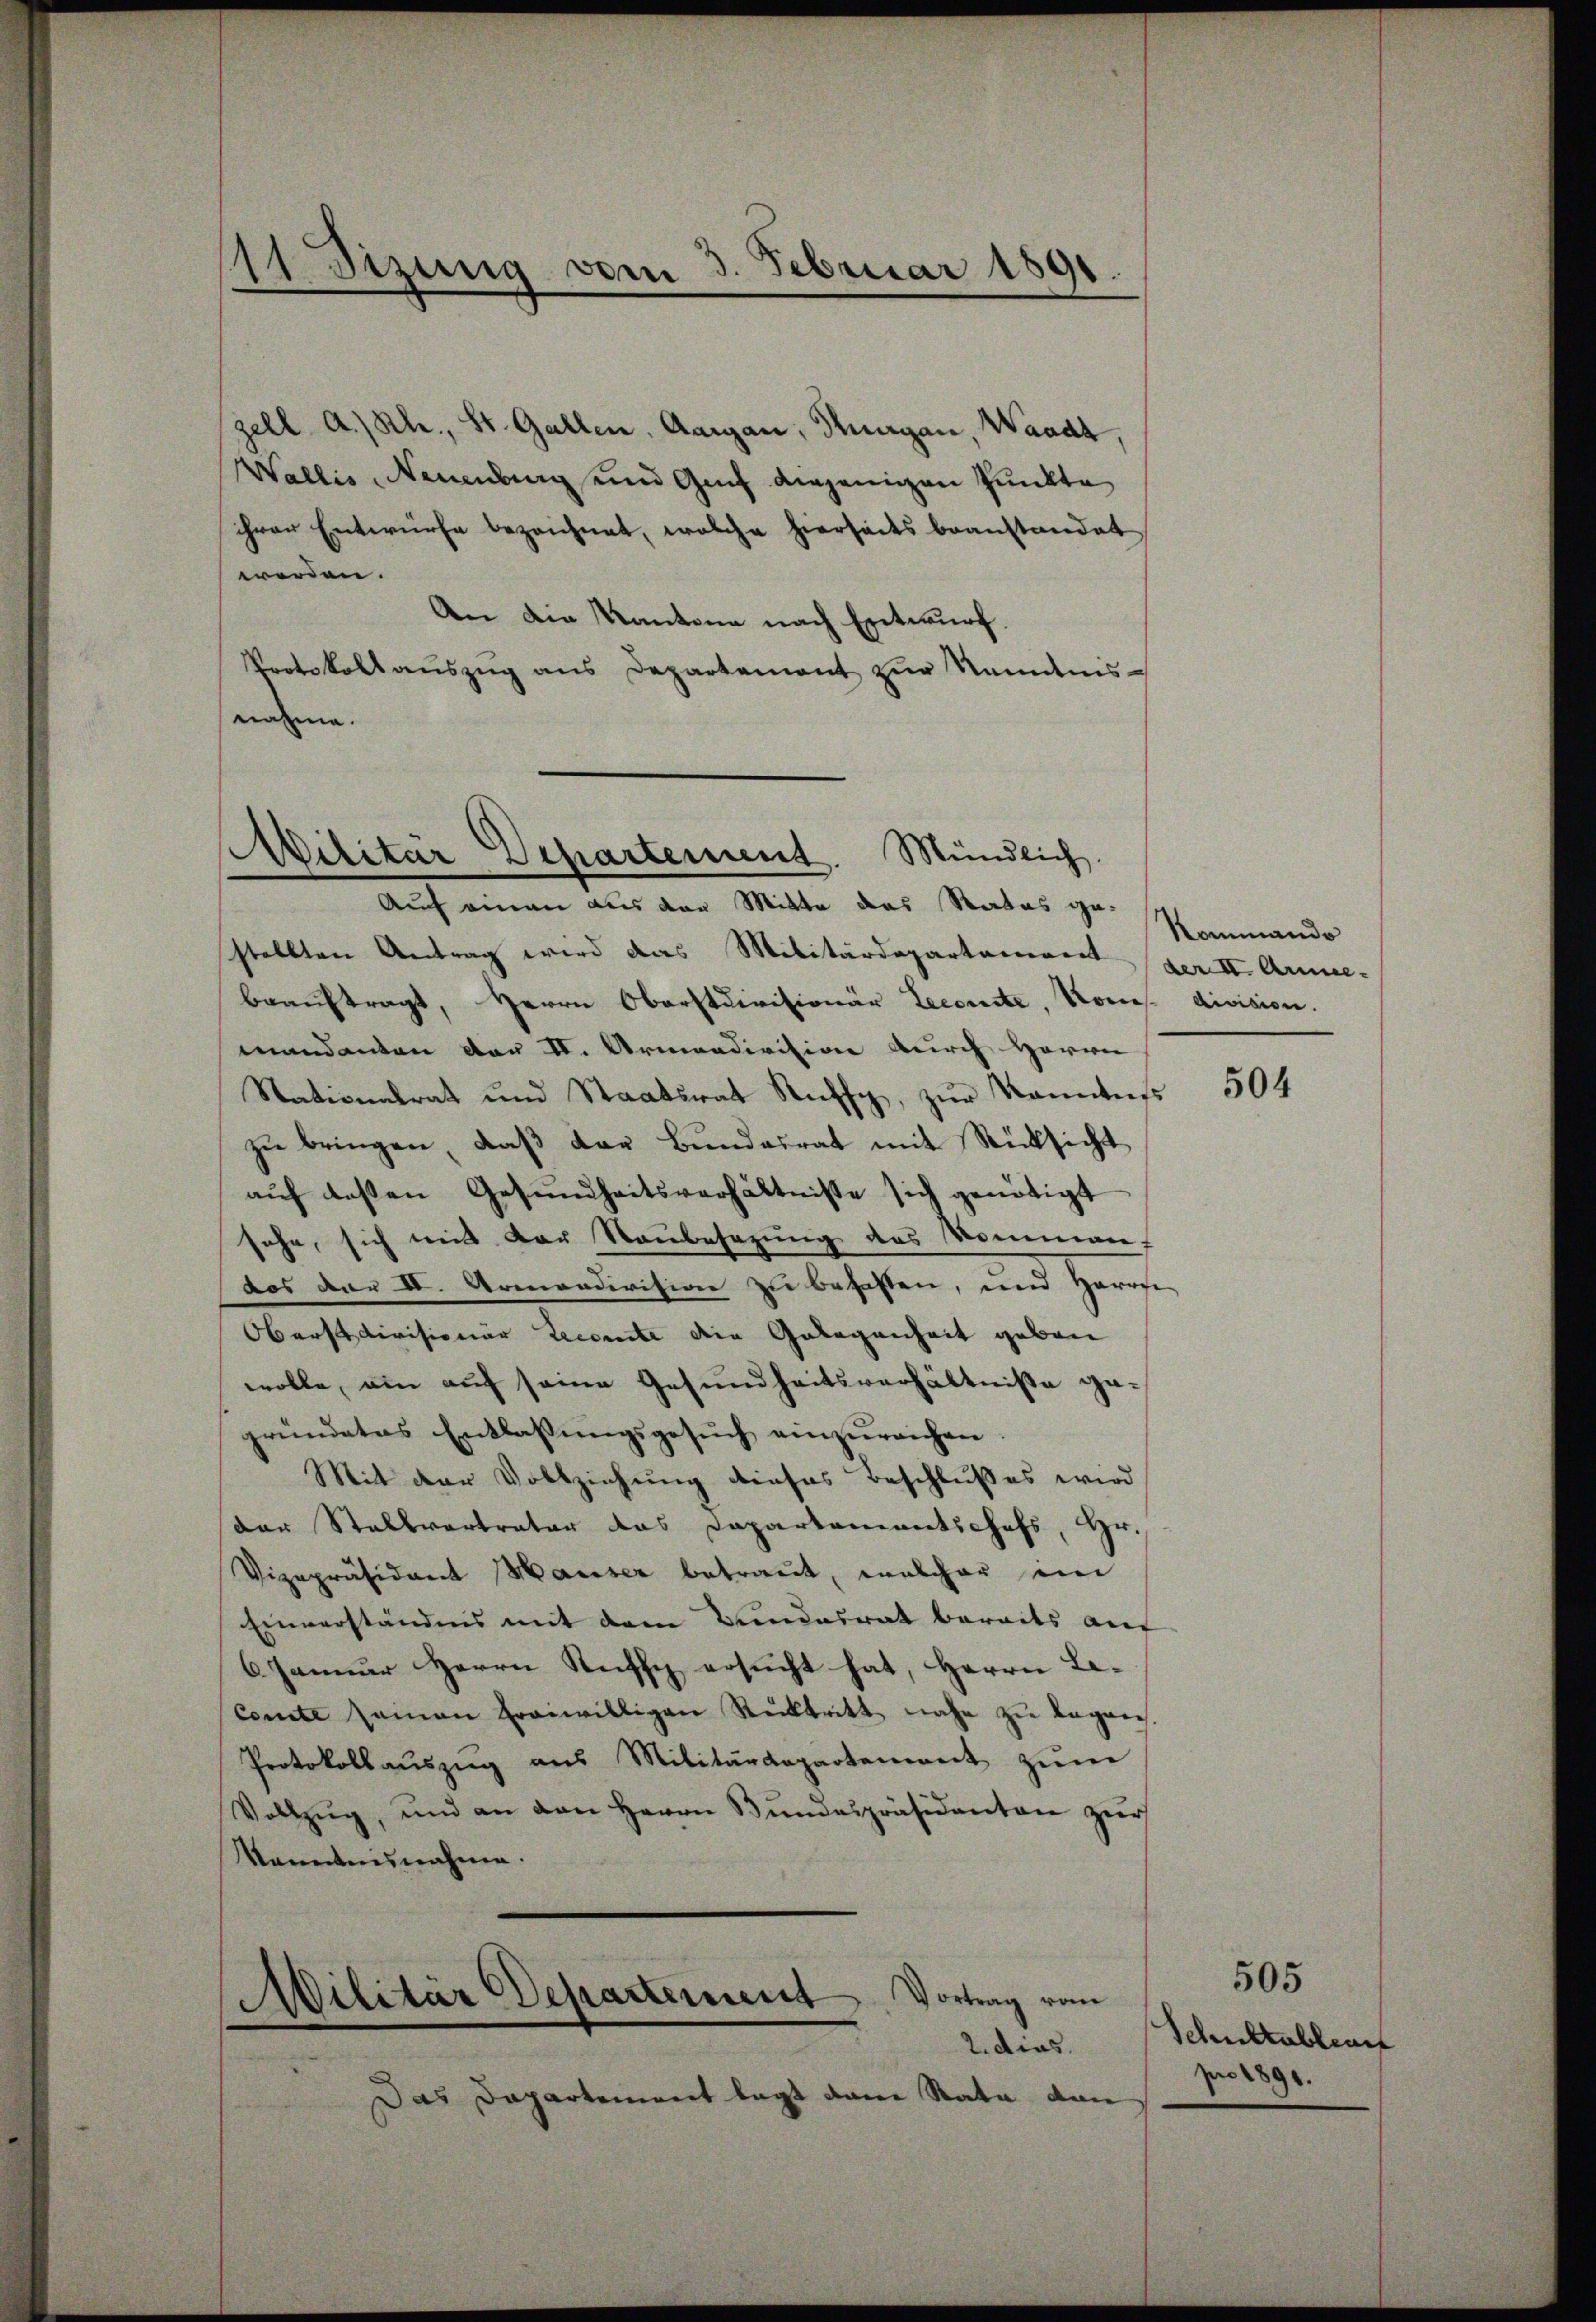
11 Dizung vom 3. Februar 1891.

gell A.Rh., St. Gallen, Aargau, Thurgau, Waadt,
Wallis Neuenburg und Genf diejenigen Punkte
ihrer Entwürfe bezeichnet, welche hierseits beanstandet
werden.
An die Kantone nach Entwurf.
Protokoll aŭszŭg ans Departement zŭr Nominis-
nahme.

Militär Departement. Mündlich.
Auch einen aus der Mitte das Rates ge¬

stellten Antrag wird das Militärdepartement der II. Armee-
beauftragt, Herrn Oberstdivisionär Lecomite, Komis division.
mandanten der II. Armendivision durch Herrn
Nationalrat und Staatsrat Rŭffy, zŭr Kenntniss
zu bringen, daß der Bundesrat mit Rücksicht
aŭf deßen Gesundheitsverhältnisse sich genötigt
sehe, sich mit der Raubesezung des Komman
dos dar II. Armandivision zu behalten, und Herrse
Oberst divisionär Recomite den Gelegenheit geben
wolle, ein auf seine Gesundheitsverhältniße gegründetes Entlassŭngsgesŭch einzŭreichen.
Mit der Vollziehung dieses Beschlußes wird
der Stallvertrator das Dapartementschefs, Hr.
Vizepräsidant Hauser betraut, welcher im
Einverständnis mit dem Bundesrat bereits auf
6 Januar Herrn Ruff ersucht hat, Herrn Be-
Comite seinen Ereiwilligen Rücktritt nahe zŭ began
Protokollaŭszŭg aŭs Militärdepartement zŭm
Vollzŭg, und an den Herrn Bŭndespräsidenten zŭr
kanntnisnahme.
Vortrag vom
Wilitär Departement
2. dies.
Das Departement legt dann Rata dan

Rommando

504

505
Schultablauf
pro 1890.